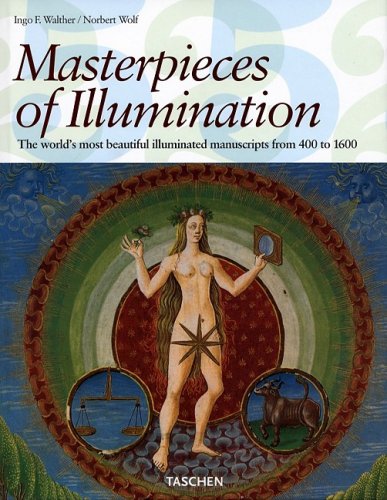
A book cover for Masterpieces of Illumination: The World's Most Famous Manuscripts 400 To 1600; Ingo F Walther; Arts & Photography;